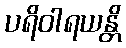
ပရိဝါရယန္တိ